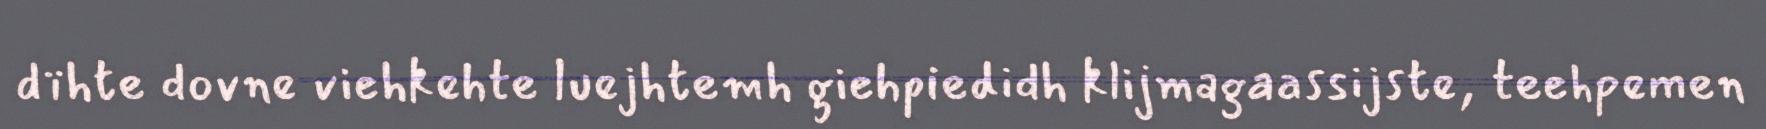
dïhte dovne viehkehte luejhtemh giehpiedidh klijmagaassijste, teehpemen